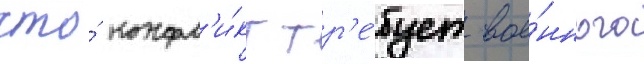
что́ конфл'и́кт тр'е́бует вое́нного